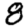
Digit: 8